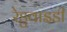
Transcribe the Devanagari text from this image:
रेडुवाइडी